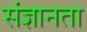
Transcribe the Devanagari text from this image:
संज्ञानता